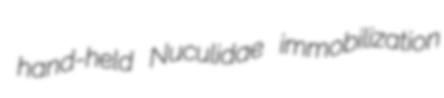
hand-held Nuculidae immobilization